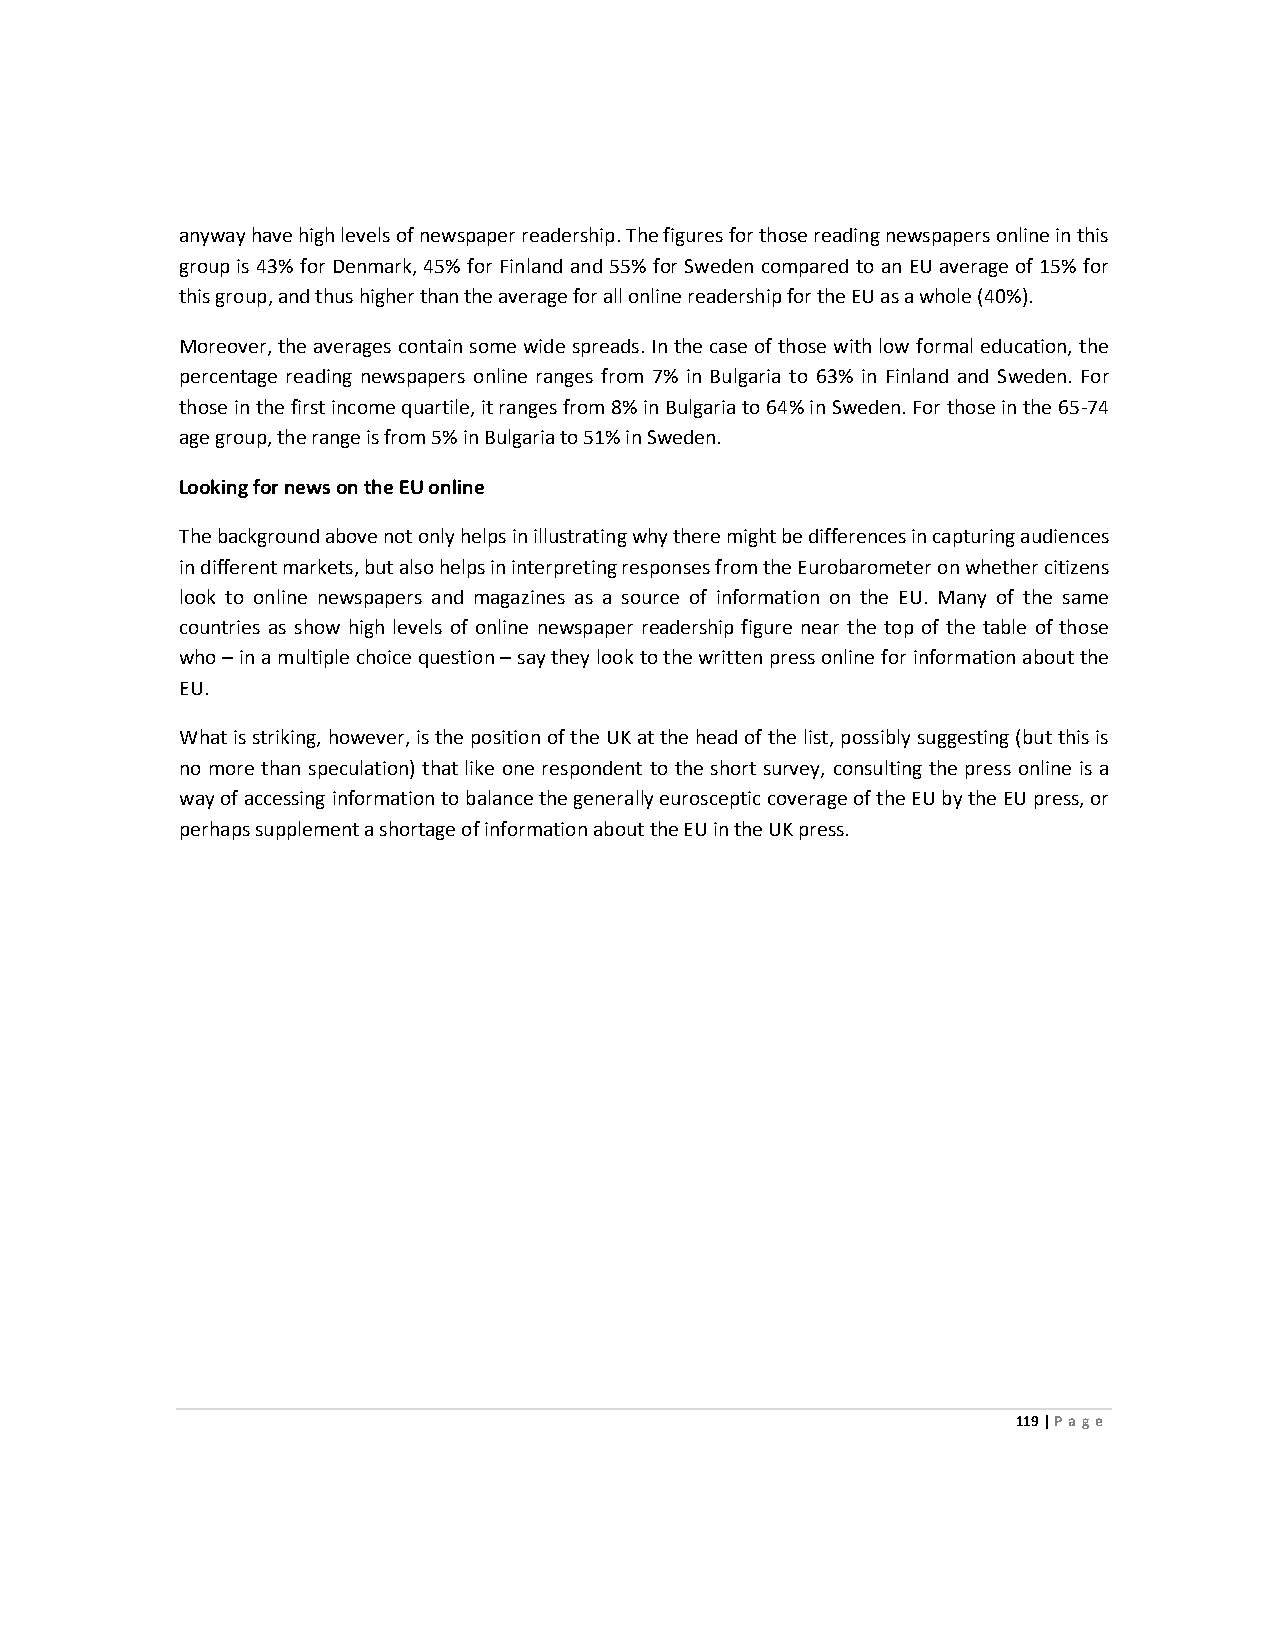
anyway have high levels of newspaper readership. The figures for those reading newspapers online in this
 group is 43% for Denmark, 45% for Finland and 55% for Sweden compared to an EU average of 15% for
 this group, and thus higher than the average for all online readership for the EU as a whole (40%).
 Moreover, the averages contain some wide spreads. In the case of those with low formal education, the
 percentage reading newspapers online ranges from 7% in Bulgaria to 63% in Finland and Sweden. For
 those in the first income quartile, it ranges from 8% in Bulgaria to 64% in Sweden. For those in the 65-74
 age group, the range is from 5% in Bulgaria to 51% in Sweden.
 Looking for news on the EU online
 The background above not only helps in illustrating why there might be differences in capturing audiences
 in different markets, but also helps in interpreting responses from the Eurobarometer on whether citizens
 look to online newspapers and magazines as a source of information on the EU. Many of the same
 countries as show high levels of online newspaper readership figure near the top of the table of those
 who – in a multiple choice question – say they look to the written press online for information about the
 EU.
 What is striking, however, is the position of the UK at the head of the list, possibly suggesting (but this is
 no more than speculation) that like one respondent to the short survey, consulting the press online is a
 way of accessing information to balance the generally eurosceptic coverage of the EU by the EU press, or
 perhaps supplement a shortage of information about the EU in the UK press.
 119 | Page